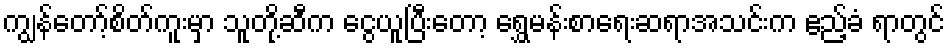
ကျွန်တော့်စိတ်ကူးမှာ သူတို့ဆီက ငွေယူပြီးတော့ ရွှေမန်းစာရေးဆရာအသင်းက ဧည့်ခံ ရာတွင်